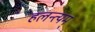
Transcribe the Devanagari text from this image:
हलन्त्यम्